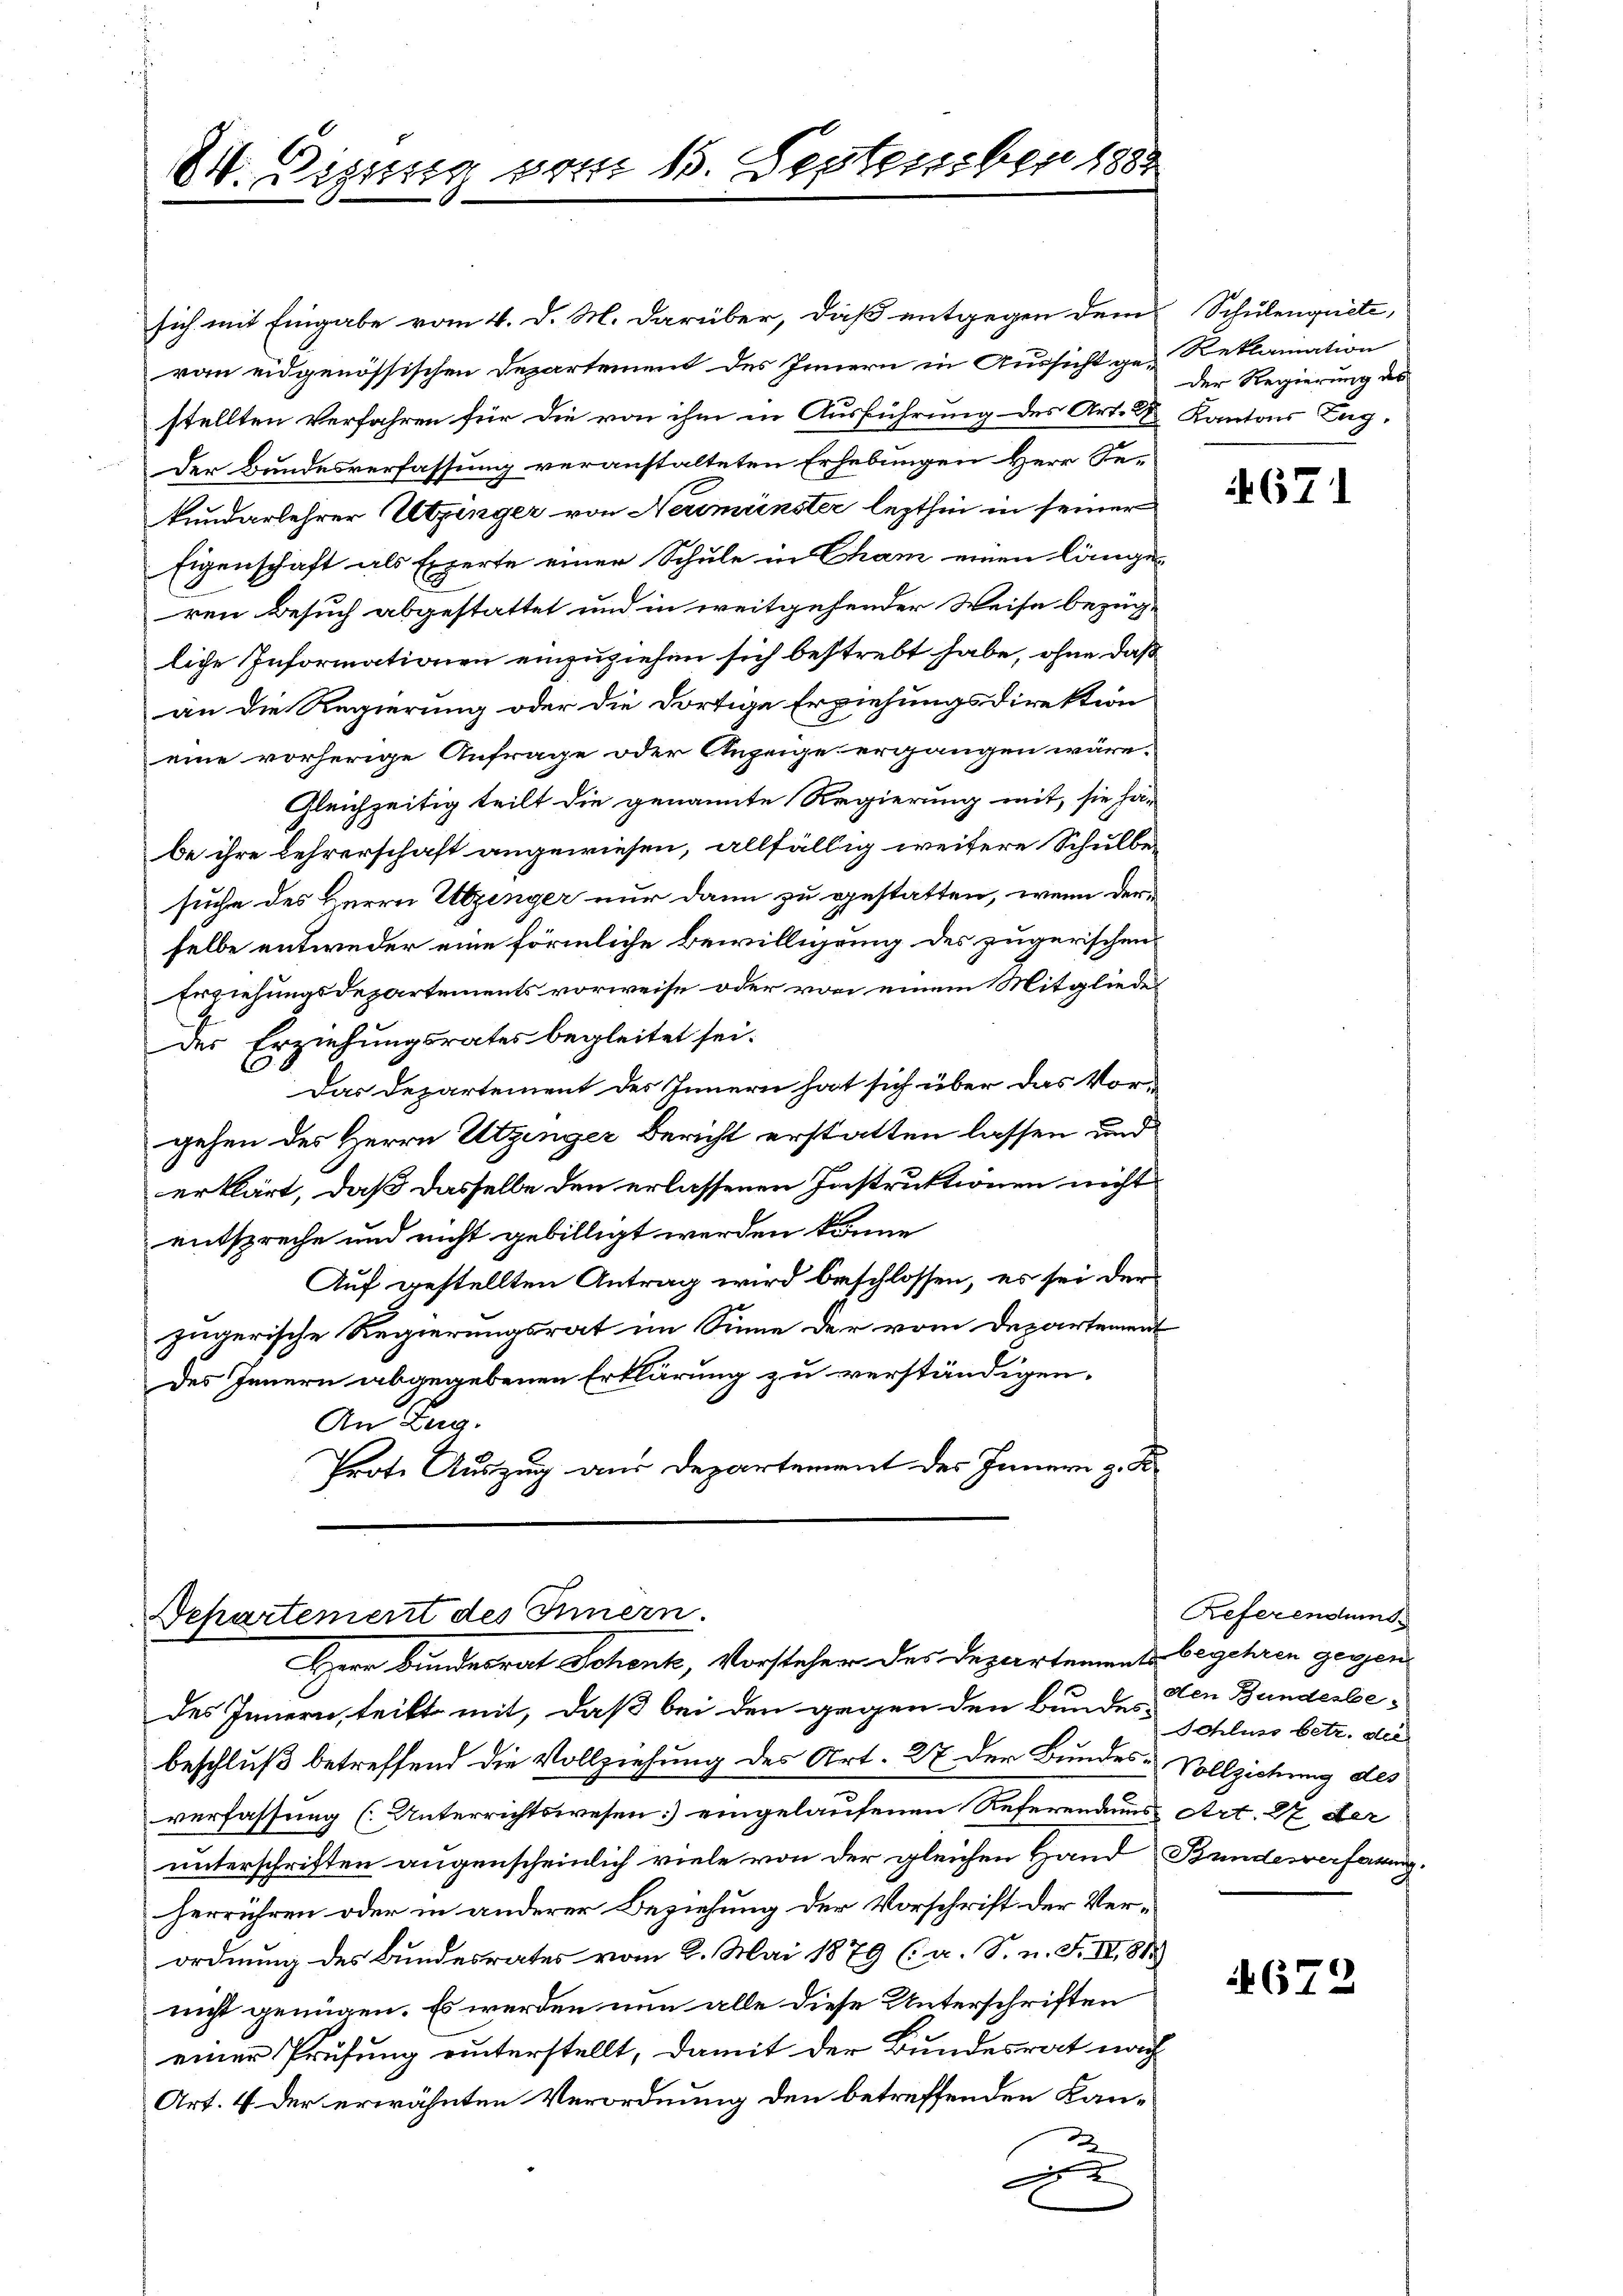
24. Digung vom 15. September 1881

sich mit Eingabe vom 4. d. M. darüber, daß entgegen dem
ran eidgenössischen Departement des Innern in Aussicht ge-Reklamation
stellten Verfahren für die von ihm in Ausführung des Art. 2 Kantons Lag-
Der Bundesverfassung veranstalteten Erhebungen Herr Sekundarlehrer Utzinger von Neumünster lezthin in seiner
Eigenschaft als Experte einer Schule in Cham einen länge-
ren Besuch abgestattet und in weitgehender Weise bezüg-
liche Informationen einzuziehen sich bestrebt habe, ohne daß
an die Regierung oder die dortige Erziehungsdirektion
eine vorherige Anfrage oder Anzeige ergangen wäre.
Gleichzeitig teilt die genannte Regierung mit, sie ha-
be ihre Lehrerschaft angewiesen, allfällig weitere Schulbesuche des Herrn Utzinger nur dann zu gestatten, wenn der
selbe entweder eine förmliche Bewilligung des zugerischen
Erziehungsdepartements vorweise oder von einem Mitgliedes
Der Erziehungsrates begleitet sei.
Das Departement des Innern hat sich über das Vorgehen des Herrn Utzinger Bericht erstatten lassen und
erklärt, daß dasselbe den erlassenen Instruktionen nicht
entspreche und nicht gebilligt werden könne
Auf gestellten Antrag wird beschlossen, es sei der
zügerische Regierungsrat im Sinne der vom Departement
des Innern abgegebenen Erklärung zu verständigen.
An Zug.
Prote Auszug aus Departement des Innern z. B.

Departement des Innern.

Herr Bundesrat Schenk, Vorsteher des Departemente begehren gegen

des Innern, teilt mit, daß bei den gegen den Bundes-
beschluß betreffend die Vollziehung des Art. 27 der Bundesverfassung (Unterrichtswesen] eingelaufenen Referendans Art. 27 der
unterschriften augenscheinlich viele von der gleichen Hand Bundesverfarugherrühren oder in anderer Beziehung der Vorschrift der Verordnung des Bundesrates vom 2. Mai 1879 (a. S. n. F. IV 818
nicht genügen. Es werden nun alle diese Unterschriften
einer Prüfung unterstellt, damit der Bundesrat nach
Art. 4 der erwähnten Verordnung den betreffenden Kanx

Schulenquiete,
der Regierung des

4671

Referendums
den Bunderbe¬
Schluss betr. der
Vollziehung des

679